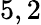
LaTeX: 5,2